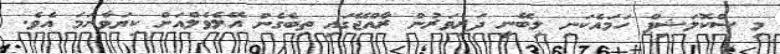
މި ސްކޮލަޝިޕް ހަމައެކަނި ލިބޭނީ ދަރިވަރުން ރާއްޖޭގައި ތިބެގެން އޭލެވެލްއަށް ކިޔަވާނަމަ އެވެ.